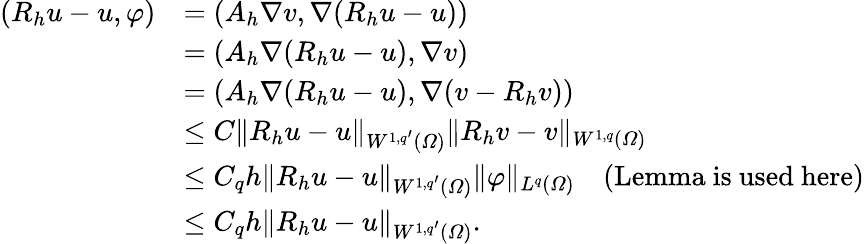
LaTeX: \begin{array}{rl}{(R_{h}u-u,\varphi)}&{=(A_{h}\nabla v,\nabla(R_{h}u-u))}\\ &{=(A_{h}\nabla(R_{h}u-u),\nabla v)}\\ &{=(A_{h}\nabla(R_{h}u-u),\nabla(v-R_{h}v))}\\ &{\leq C\| R_{h}u-u\| _{W^{1,q^{\prime}}(\varOmega)}\| R_{h}v-v\| _{W^{1,q}(\varOmega)}}\\ &{\leq C_{q}h\| R_{h}u-u\| _{W^{1,q^{\prime}}(\varOmega)}\| \varphi\| _{L^{q}(\varOmega)}\quad\mathrm{(Lemma~is~used~here)}}\\ &{\leq C_{q}h\| R_{h}u-u\| _{W^{1,q^{\prime}}(\varOmega)}.}\end{array}